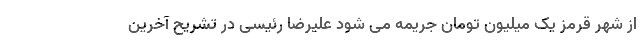
از شهر قرمز یک میلیون تومان جریمه می شود علیرضا رئیسی در تشریح آخرین